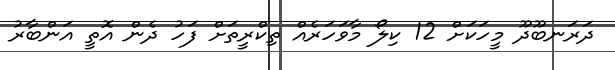
ދަރަނބޫދޫ މީހަކަށް 12 ކިލޯ މާވަހަރެއް ތިކްރީތަށް ފަހު ދެން އޮތީ އަންބާރު